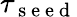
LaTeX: \tau_{\mathrm{~s~e~e~d~}}